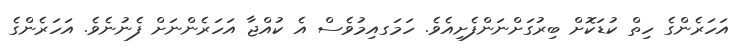
އަހަރެންގެ ހިތް ކުޑަކޮށް ބިރުގަށްނަންފެށިއެވެ. ހަމަގއިމުވެސް އެ ކުއްޖާ އަހަރެންނަށް ފެނުނެވެ. އަހަރެންގެ